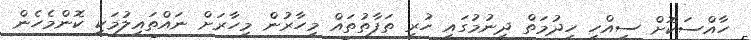
ހާއްސަކޮށް ސިއްހީ ހިދުމަތް ދިނުމުގައި ހުރި ތަފާތުތައް މިހާރުން މިހާރަށް ނައްތައިލުމަކީ ކޮންމެހެން